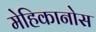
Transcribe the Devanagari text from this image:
मेहिकानोस